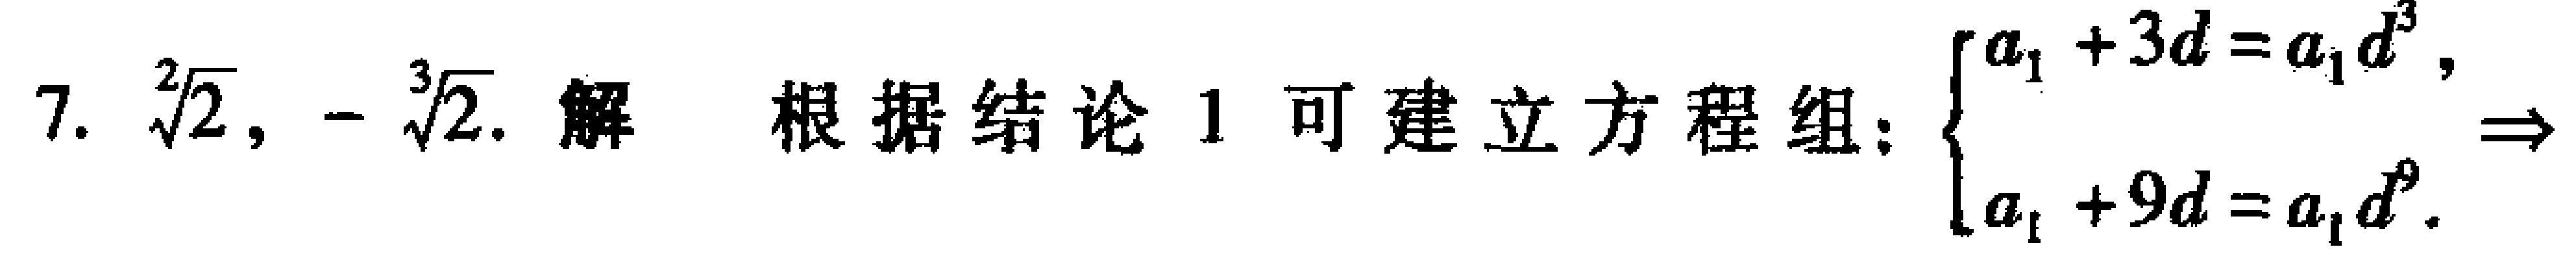
7. $\sqrt[2]{2},-\sqrt[3]{2}$. 解 根据结论1可建立方程组：$\begin{cases}a_{1}+3d = a_{1}d^{3},\\a_{1}+9d = a_{1}d^{9}.\end{cases}\Rightarrow$